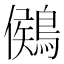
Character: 𪃶